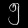
Digit: ၅